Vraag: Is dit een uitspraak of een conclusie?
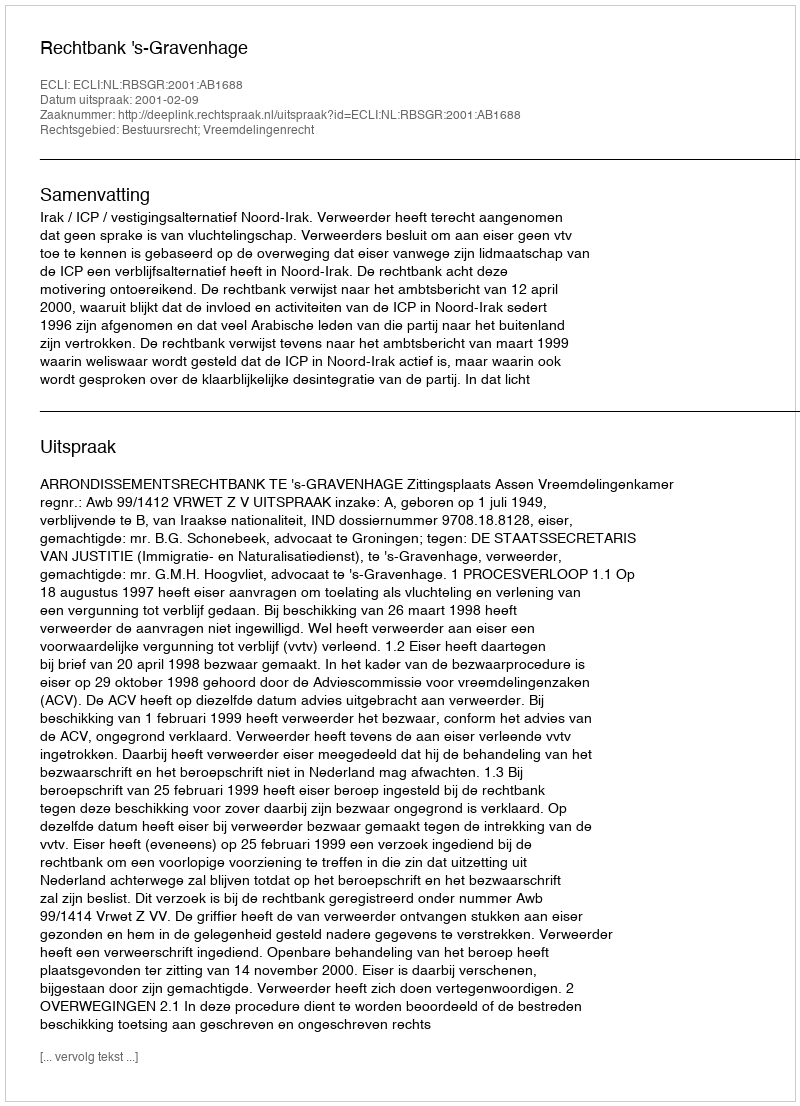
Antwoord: Uitspraak